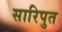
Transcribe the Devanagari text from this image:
सारिपुत